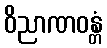
ဝိညာဏဝန္တံ